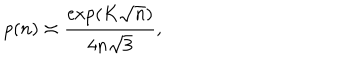
p ( n ) \asymp { \frac { \exp ( K \sqrt n ) } { 4 n \sqrt 3 } } ,